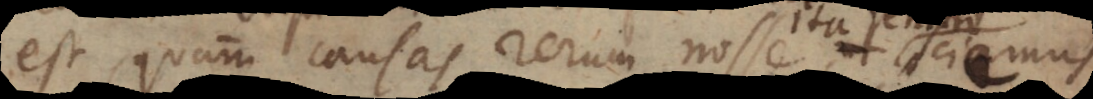
est, quam causas rerum nosse, ut sciamus